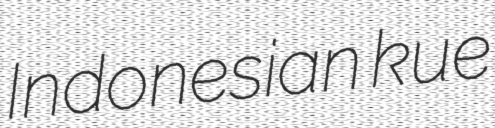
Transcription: Indonesian kue